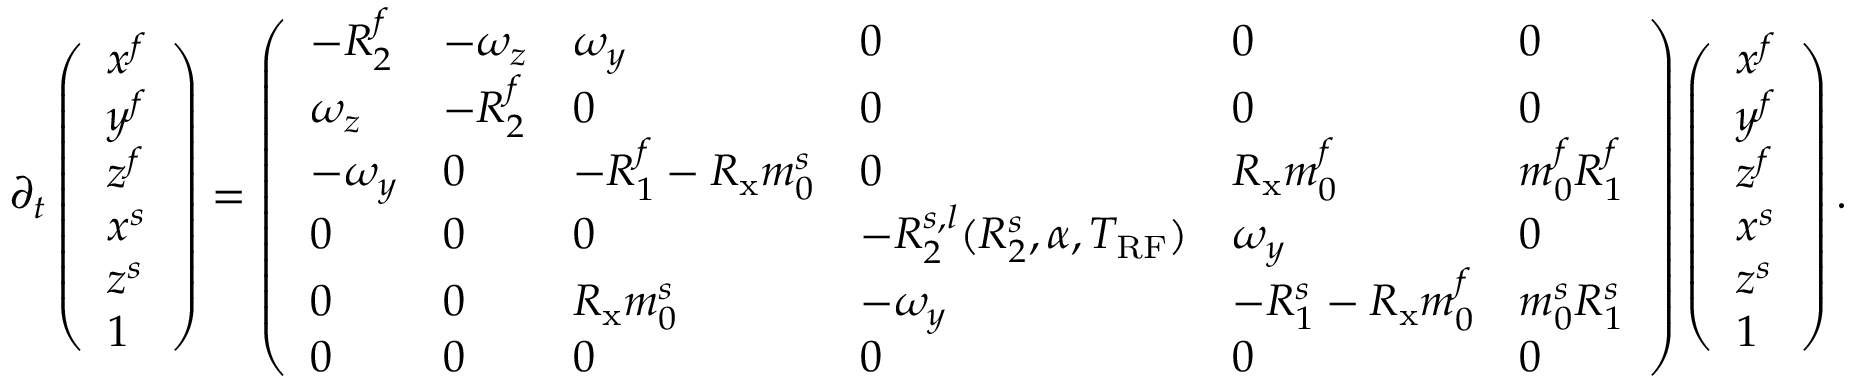
\partial _ { t } \left( \begin{array} { l } { x ^ { f } } \\ { y ^ { f } } \\ { z ^ { f } } \\ { x ^ { s } } \\ { z ^ { s } } \\ { 1 } \end{array} \right) = \left( \begin{array} { l l l l l l } { - R _ { 2 } ^ { f } } & { - \omega _ { z } } & { \omega _ { y } } & { 0 } & { 0 } & { 0 } \\ { \omega _ { z } } & { - R _ { 2 } ^ { f } } & { 0 } & { 0 } & { 0 } & { 0 } \\ { - \omega _ { y } } & { 0 } & { - R _ { 1 } ^ { f } - R _ { \mathrm { x } } m _ { 0 } ^ { s } } & { 0 } & { R _ { \mathrm { x } } m _ { 0 } ^ { f } } & { m _ { 0 } ^ { f } R _ { 1 } ^ { f } } \\ { 0 } & { 0 } & { 0 } & { - R _ { 2 } ^ { s , l } ( R _ { 2 } ^ { s } , \alpha , T _ { \mathrm { R F } } ) } & { \omega _ { y } } & { 0 } \\ { 0 } & { 0 } & { R _ { \mathrm { x } } m _ { 0 } ^ { s } } & { - \omega _ { y } } & { - R _ { 1 } ^ { s } - R _ { \mathrm { x } } m _ { 0 } ^ { f } } & { m _ { 0 } ^ { s } R _ { 1 } ^ { s } } \\ { 0 } & { 0 } & { 0 } & { 0 } & { 0 } & { 0 } \end{array} \right) \left( \begin{array} { l } { x ^ { f } } \\ { y ^ { f } } \\ { z ^ { f } } \\ { x ^ { s } } \\ { z ^ { s } } \\ { 1 } \end{array} \right) .